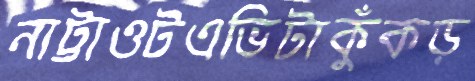
নাট্টাওটএভিটাকুঁকড়